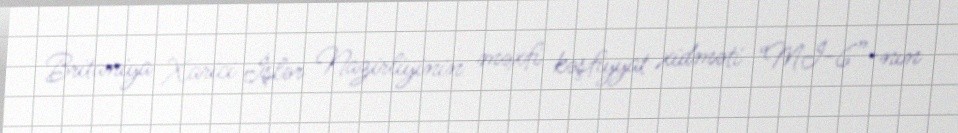
Britaniya Xarici İşlər Nazirliyinin məxfi kəşfiyyat xidməti “Mİ-6”-nın